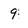
Character: 9